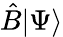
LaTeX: {\hat{B}}|\Psi\rangle